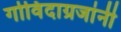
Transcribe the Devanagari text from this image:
गोविंदाग्रजांनी